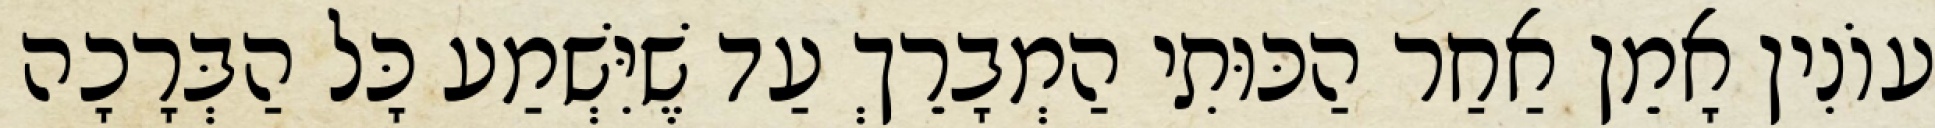
עוֹנִין אָמֵן אַחַר הַכּוּתִי הַמְבָרֵךְ עַד שֶׁיִּשְׁמַע כָּל הַבְּרָכָה